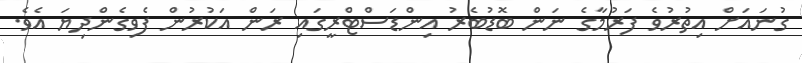
ގުނައަށް އިތުރުވެ ފަރުމާގެ ނަން ބޮޑުބެރު އިންޑަސްޓްރީގައި ރަން އަކުރުން ފެވިގެންދިޔަ އެވެ.